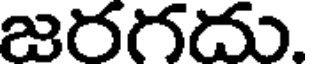
జరగదు.